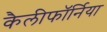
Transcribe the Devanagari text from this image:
कैलीफॉर्निया